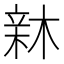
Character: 𣕟